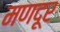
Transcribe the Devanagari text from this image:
मणदूर